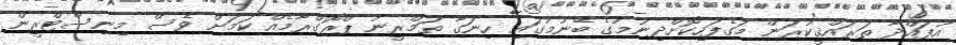
އުފައްދާ ތަރައްޤީކުރަން މަގެފަހިކޮށްދިނުމުގެ ބޭނުމުގައި ހިނަގާ ތަމްރީނު ޕްރޮގްރާމެއް ކަމަށް ވެސް މިނިސްޓްރީން